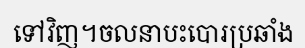
ទៅវិញ។ចលនាបះបោរប្រឆាំង